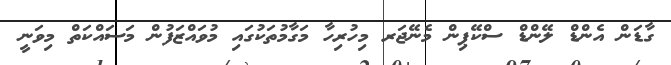
ގާޑަން އެންޑް ލޭންޑް ސްކޭޕިން މެނޭޖަރ މިހުރިހާ މަގާމުތަކުގައި މުވައްޒަފުން މަސައްކަތް މިވަނީ